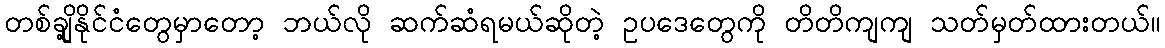
တစ်ချို့နိုင်ငံတွေမှာတော့ ဘယ်လို ဆက်ဆံရမယ်ဆိုတဲ့ ဥပဒေတွေကို တိတိကျကျ သတ်မှတ်ထားတယ်။